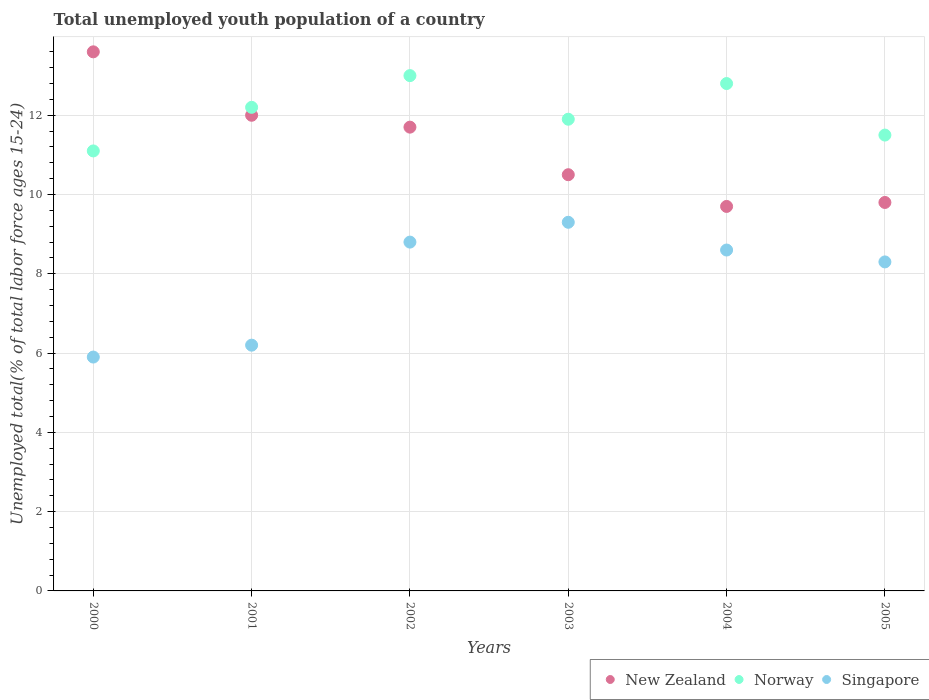
| Years | New Zealand | Norway | Singapore |
 | --- | --- | --- | --- |
 | 2000 | 13.6 | 11.1 | 5.9 |
 | 2001 | 12 | 12.2 | 6.2 |
 | 2002 | 11.7 | 13 | 8.8 |
 | 2003 | 10.5 | 11.9 | 9.3 |
 | 2004 | 9.7 | 12.8 | 8.6 |
 | 2005 | 9.8 | 11.5 | 8.3 |